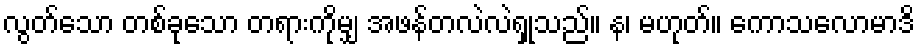
လွတ်သော တစ်ခုသော တရားကိုမျှ အဖန်တလဲလဲရှုသည်။ န၊ မဟုတ်။ ကောသလောမာဒိ